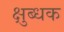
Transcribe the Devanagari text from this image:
क्षुब्धक